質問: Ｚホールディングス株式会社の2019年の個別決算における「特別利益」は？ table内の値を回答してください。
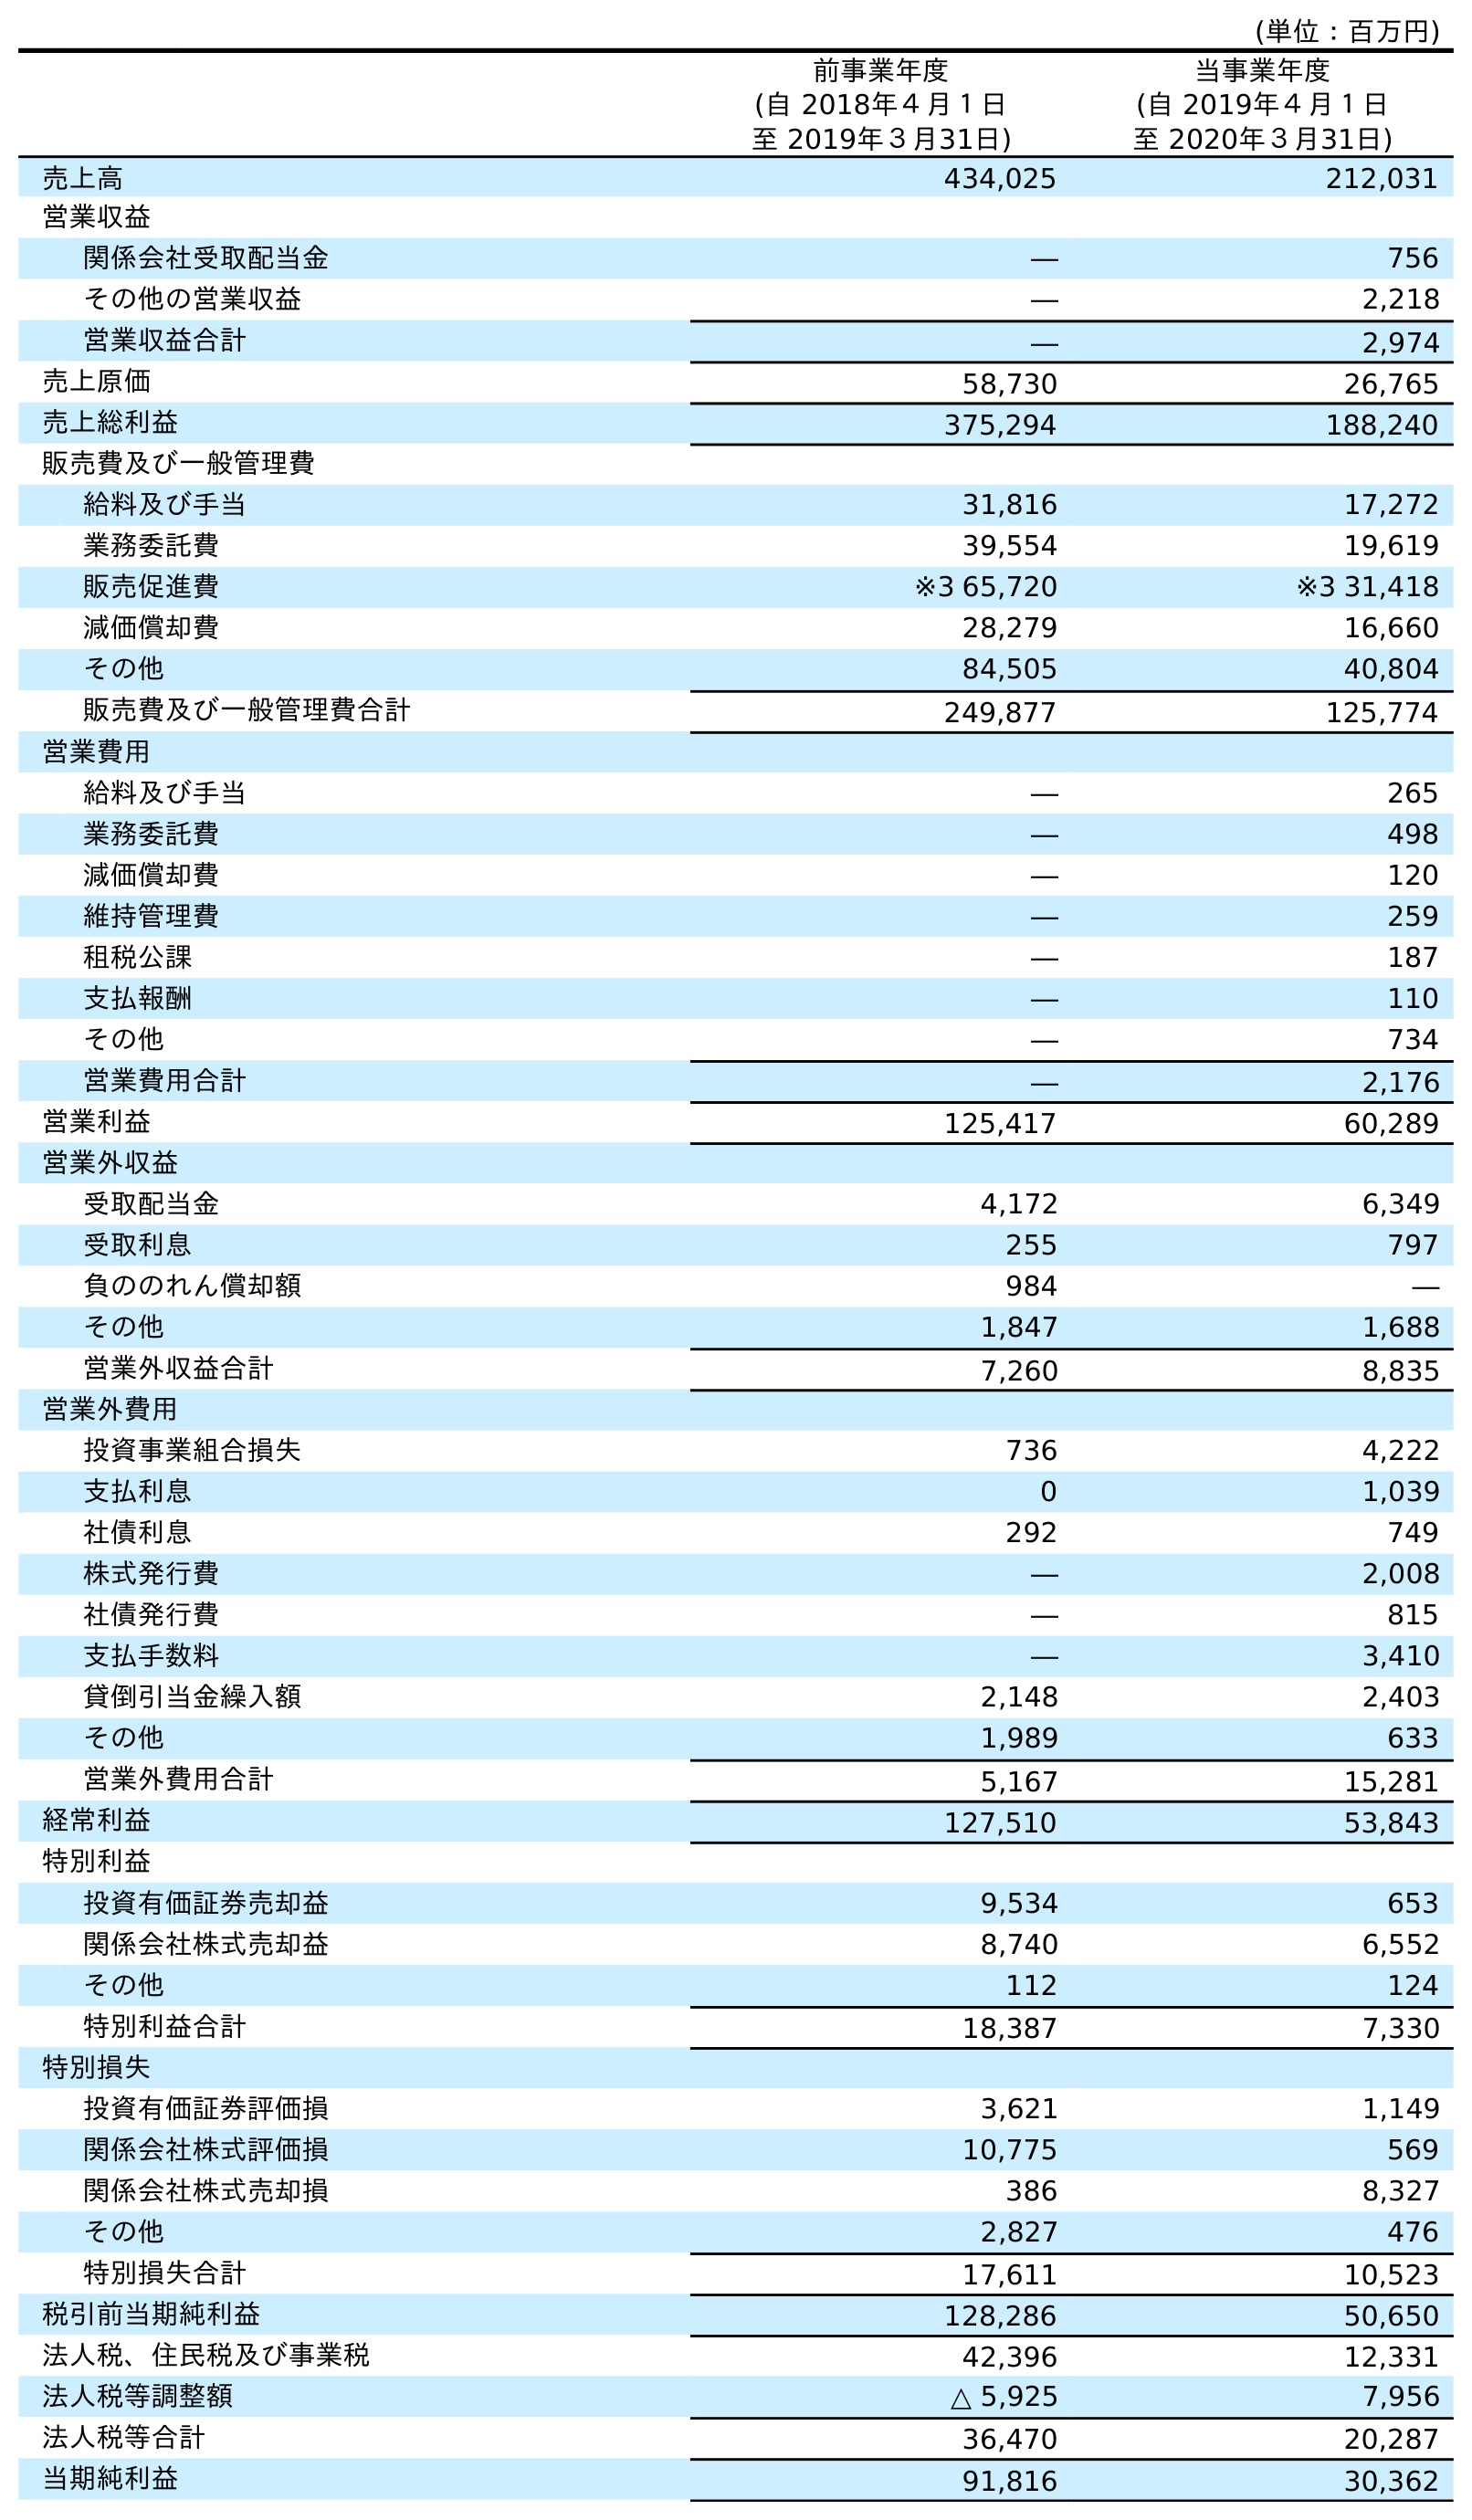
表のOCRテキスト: (単位：百万円) 前事業年度 (自 2018年４月１日 至 2019年３月31日) 当事業年度 (自 2019年４月１日 至 2020年３月31日) 売上高 434,025 212,031 営業収益 関係会社受取配当金 ― 756 その他の営業収益 ― 2,218 営業収益合計 ― 2,974 売上原価 58,730 26,765 売上総利益 375,294 188,240 販売費及び一般管理費 給料及び手当 31,816 17,272 業務委託費 39,554 19,619 販売促進費 ※3 65,720 ※3 31,418 減価償却費 28,279 16,660 その他 84,505 40,804 販売費及び一般管理費合計 249,877 125,774 営業費用 給料及び手当 ― 265 業務委託費 ― 498 減価償却費 ― 120 維持管理費 ― 259 租税公課 ― 187 支払報酬 ― 110 その他 ― 734 営業費用合計 ― 2,176 営業利益 125,417 60,289 営業外収益 受取配当金 4,172 6,349 受取利息 255 797 負ののれん償却額 984 ― その他 1,847 1,688 営業外収益合計 7,260 8,835 営業外費用 投資事業組合損失 736 4,222 支払利息 0 1,039 社債利息 292 749 株式発行費 ― 2,008 社債発行費 ― 815 支払手数料 ― 3,410 貸倒引当金繰入額 2,148 2,403 その他 1,989 633 営業外費用合計 5,167 15,281 経常利益 127,510 53,843 特別利益 投資有価証券売却益 9,534 653 関係会社株式売却益 8,740 6,552 その他 112 124 特別利益合計 18,387 7,330 特別損失 投資有価証券評価損 3,621 1,149 関係会社株式評価損 10,775 569 関係会社株式売却損 386 8,327 その他 2,827 476 特別損失合計 17,611 10,523 税引前当期純利益 128,286 50,650 法人税、住民税及び事業税 42,396 12,331 法人税等調整額 △ 5,925 7,956 法人税等合計 36,470 20,287 当期純利益 91,816 30,362
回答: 18,387